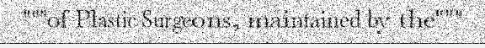
"""of Plastic Surgeons, maintained by the"""